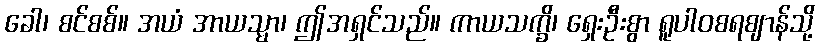
ခေါ၊ စင်စစ်။ အယံ အာယသ္မာ၊ ဤအရှင်သည်။ ကာယသက္ခိ၊ ရှေးဦးစွာ ရူပါဝစရဈာန်သို့